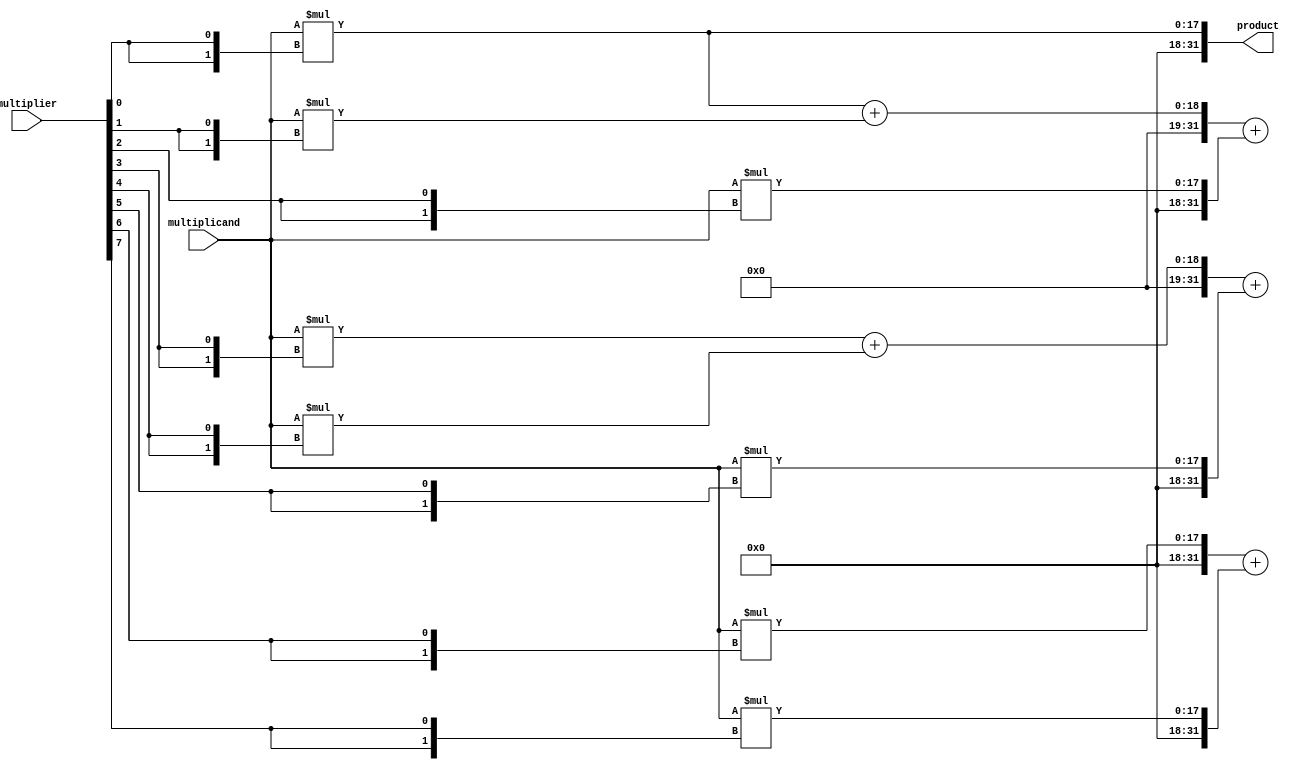
module Booth_Multiplier(
    input [15:0] multiplicand,
    input [15:0] multiplier,
    output reg [31:0] product
);

reg [31:0] partial_products [7:0];

//Partial product generation blocks
always @* begin
    partial_products[0] = multiplicand * {4'b0, multiplier[0], multiplier[0]};
    partial_products[1] = multiplicand * {4'b0, multiplier[1], multiplier[1]};
    partial_products[2] = multiplicand * {4'b0, multiplier[2], multiplier[2]};
    partial_products[3] = multiplicand * {4'b0, multiplier[3], multiplier[3]};
    partial_products[4] = multiplicand * {4'b0, multiplier[4], multiplier[4]};
    partial_products[5] = multiplicand * {4'b0, multiplier[5], multiplier[5]};
    partial_products[6] = multiplicand * {4'b0, multiplier[6], multiplier[6]};
    partial_products[7] = multiplicand * {4'b0, multiplier[7], multiplier[7]};
end

//Wallace tree reduction unit
always @* begin
    partial_products[0] = partial_products[0] + partial_products[1] + partial_products[2];
    partial_products[1] = partial_products[3] + partial_products[4] + partial_products[5];
    partial_products[2] = partial_products[6] + partial_products[7];
end

//Final adder
always @* begin
    product = partial_products[0] + partial_products[1] + partial_products[2];
end

endmodule